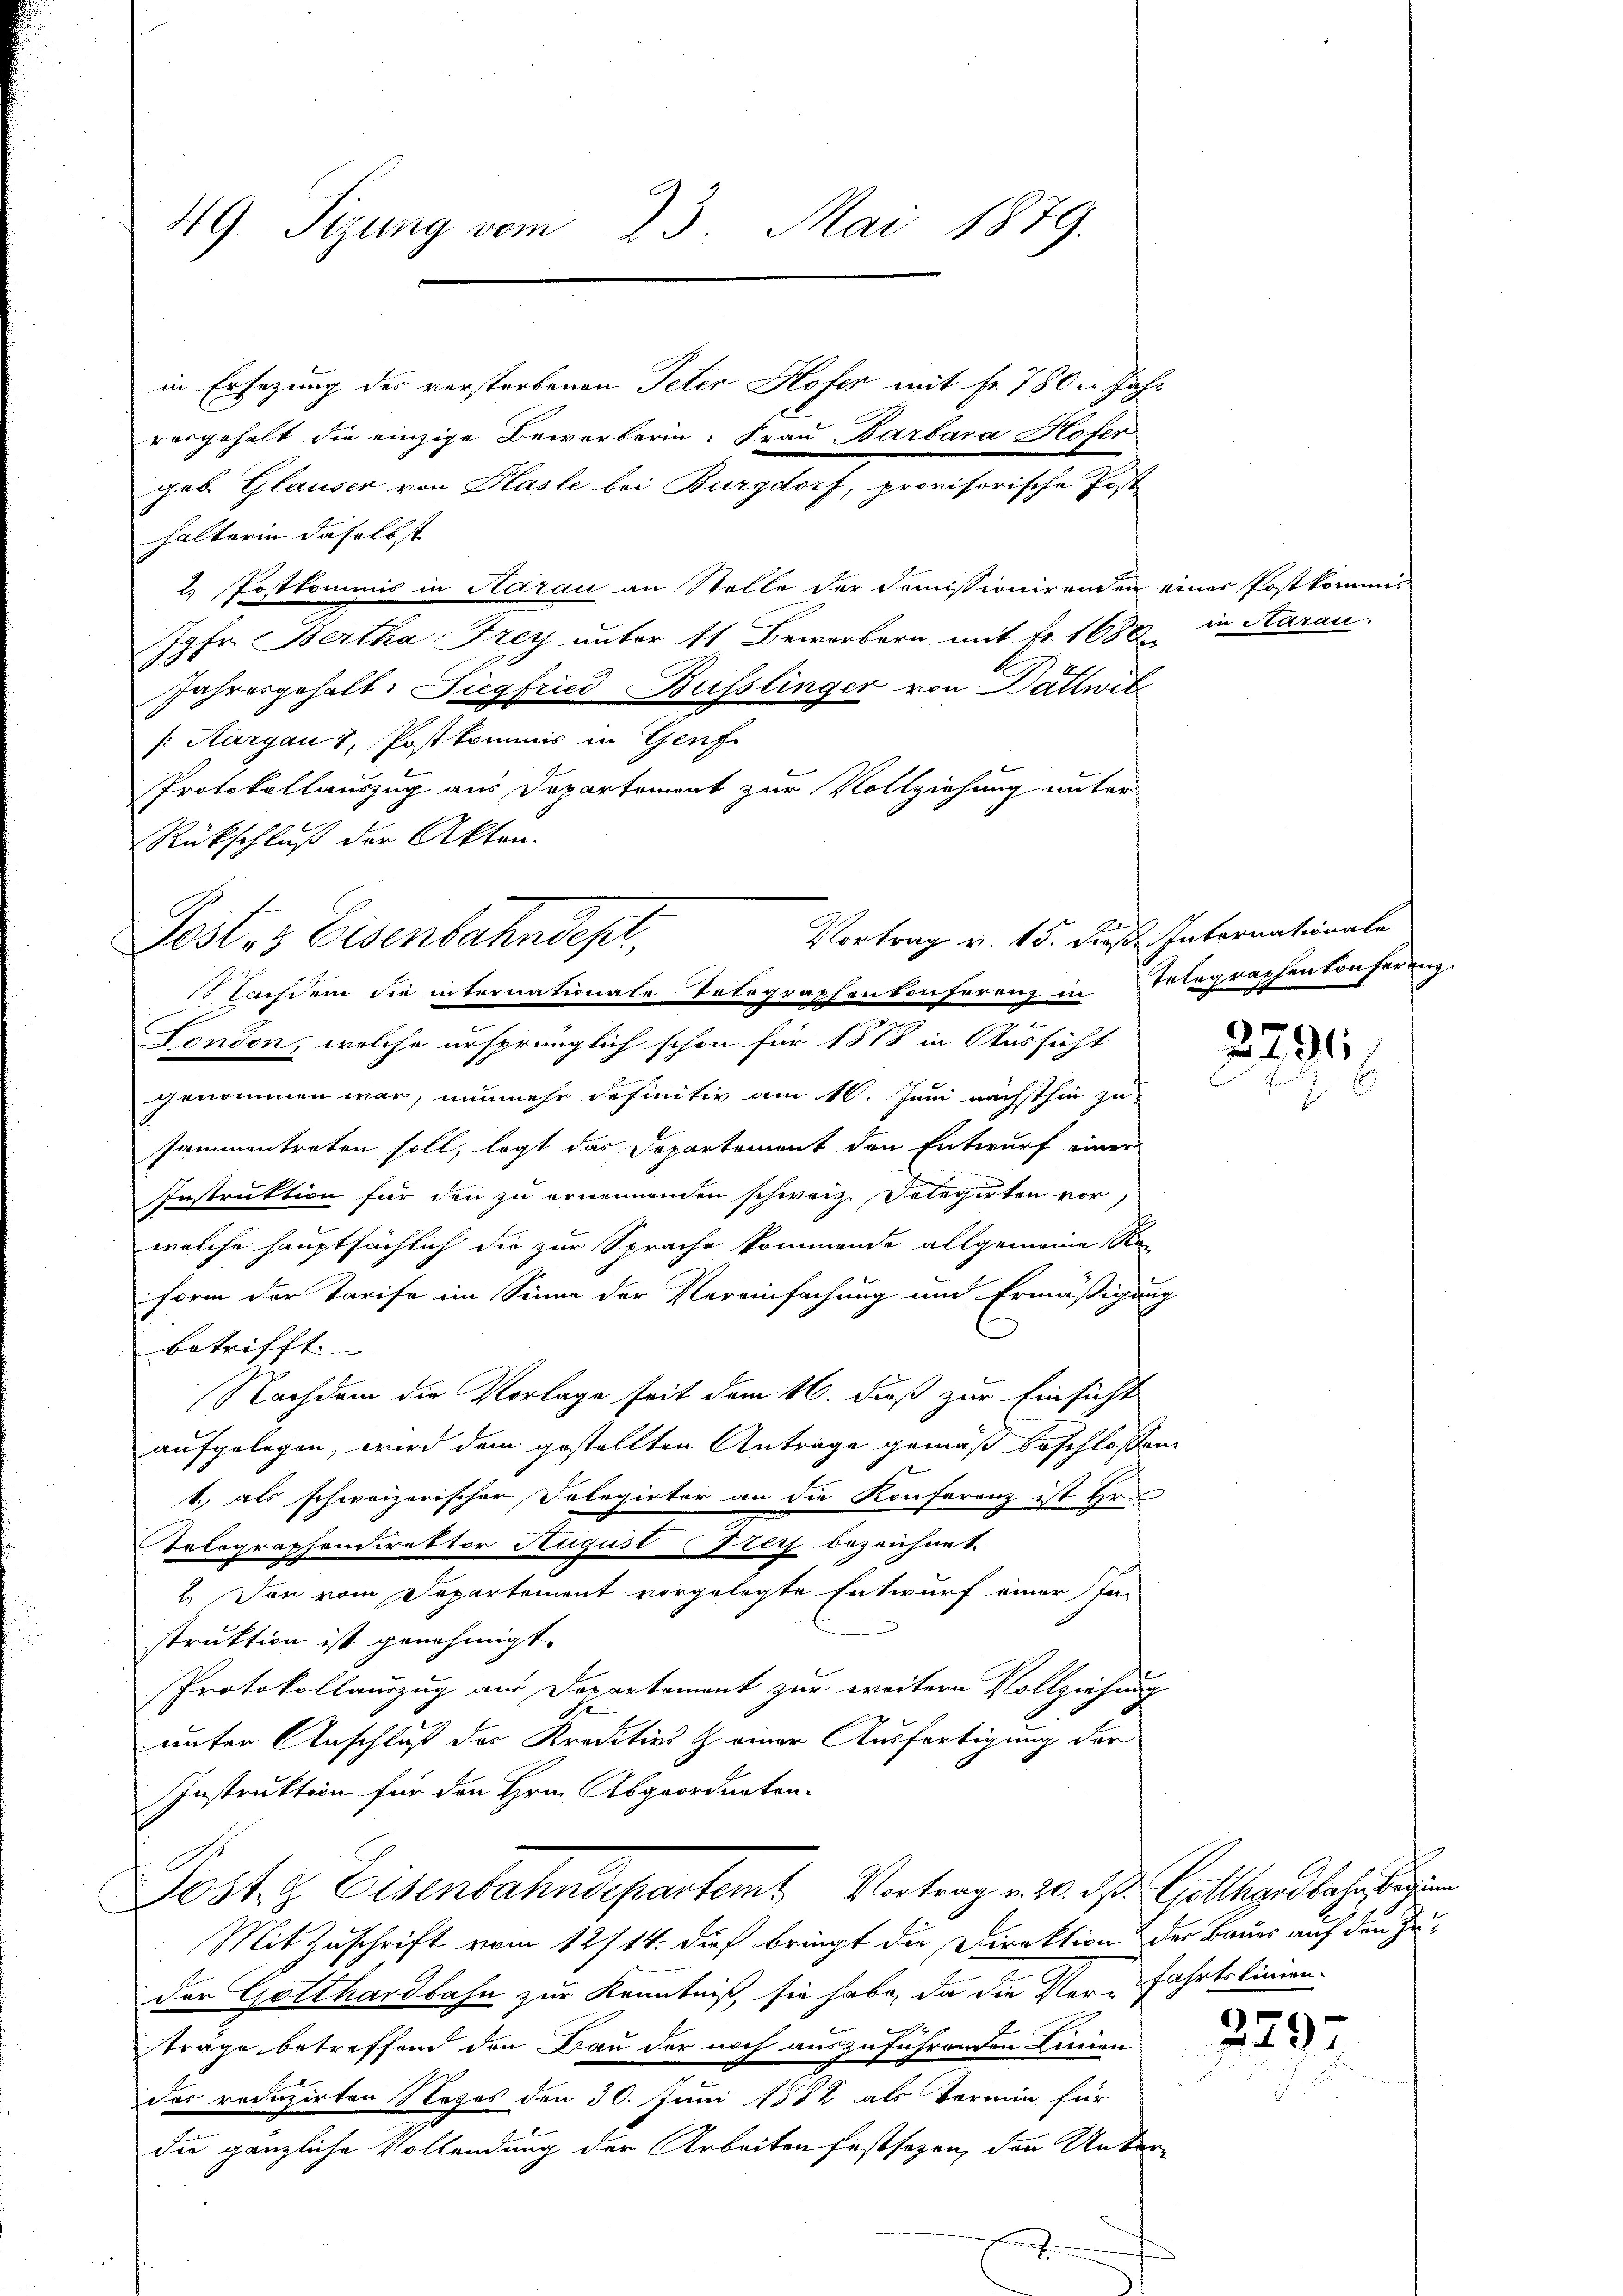
49. Sizung vom 23. Mai 1879.

in Ersezung der verstorbenen Peter Hofer mit fr. 780 u. Jahr
vorgehalt die einzige Bewerberin: Frau Barbara Hofer
geb Glauser von Hasle bei Burgdorf, provisorische Post-
halterin daselbst
2. Postkommis in Aarau an Stelle der Demissionirenden einer Postkommis
Jgfr. Bertha Frey unter 11 Bewerbern mit fr. 1680
Jahresgehalt: Siegfried Busslinger von Dättwit
f: Aargau v, Postkommis in Genf
Protokollauszug aus Departement zur Vollziehung unter
Rückschluß der Akten.
Posten Eisenbahndept,

Fenden, welche ursprünglich schon für 1878 in Aussicht
genommen war, nunmehr definitiv am 10. Juni nächsthin zu-
sammentreten soll, legt das Departement den Entwurf einer
Instruktion für den zu ernennenden schweiz. Dotegirten vor
welche hauptsächlich die zur Sprache kommende allgemeine Ra¬
Form der Tarife im Sinne der Vereinfachung und Ermäßigung
betrifft.
Nachdem die Vorlage seit dem 16. dieß zur Einsicht
aufgelegen, wird dem gestellten Anträge gemäß beschlossen:
1., als schweizerischer Delegirter an die Konferenz ist Hr.
Arlographendirektor August Frey bezeichnet
2.) Der vom Departement vorgelegte Entwurf einer Ja
struktion ist genehmigt.
Protokollauszug am Departement zur weitern Vollziehung
2
unter Anschluß des Kreditivs Z. einer Ausfertigung der
Instruktion für den Hrn. Abgeordneten.
Post. Eisenbahndepartemb. Vortrag v. 10. ds. Gotthardbahnge
Mit Zuschrift vom 12/14. dieß bringt die Direktion der Bauer auf den Zuder Gotthardbahn zur Kenntniß, sie habe, da die Ver-Fahrtslinien
l
träge betreffend den Bau der noch auszuführenden Linien
das reduzirten Steges den 30. Juni 1882 als Termin für
die gänzliche Vollendung der Arbeiten festsezen, den Unter-
h

Vortrag v. 15. dieß. Internationale
Nachdem die internationale Telegraphenkonferenz in Telegraphenkonferenz

in Aarau

2791

229-